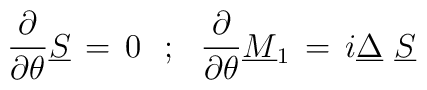
{\partial \over \partial \theta}  \underline S \,=\, 0 \,\,\,\,;\,\,\,\,{\partial \over \partial \theta}  \underline M_1 \,=\, i \underline \Delta \,\, \underline S